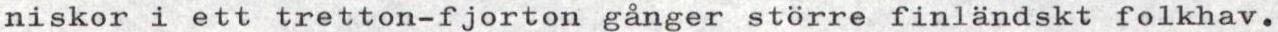
niskor i ett tretton-fjorton gånger större finländskt folkhav.